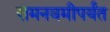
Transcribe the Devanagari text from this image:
रामनवमीपर्यंत